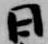
日